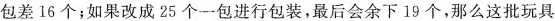
包差16个；如果改成25个一包进行包装，最后会余下19个，那么这批玩具